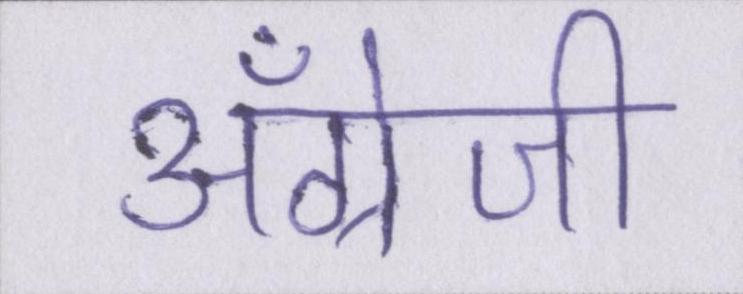
अँग्रेजी